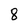
Character: 8